Indian journal of veterinary science and animal husbandry - Volumes 15-17, 1948-1951
Year: 1948
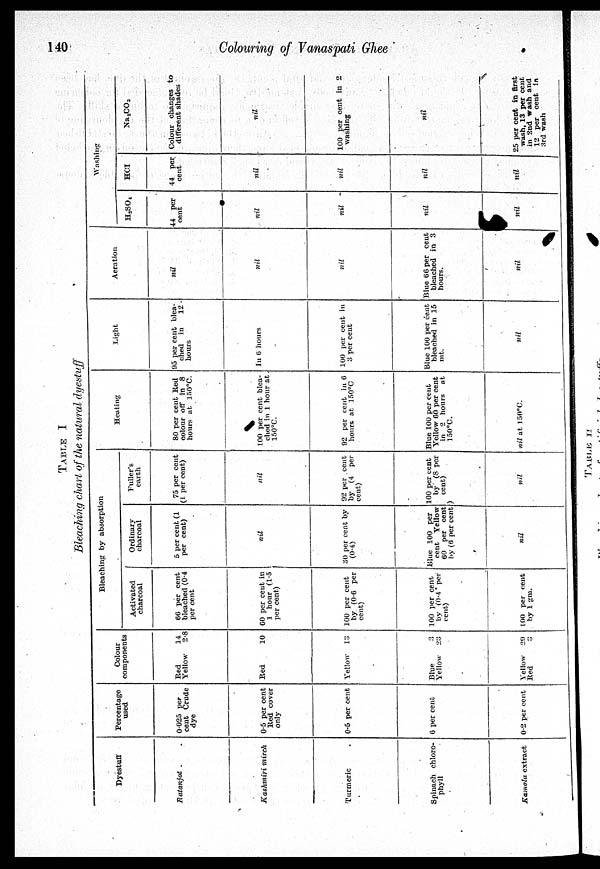
140
Colouring of Vanaspati Ghee
TABLE I
Bleaching chart of the natural dyestuff
Dyestuff
Ratanjot . .
Kashmiri mirch
Turmeric . .
Spinach chloro-
phyll
Kamala extract
Percentage
used
0.025 per
cent Crude
dye
0.5 per cent
Red cover
only
0.5 per cent
6 per cent
0.2 per cent
Colour
components
Red
14
Yellow
2.8
Red
10
Yellow 13
Blue
3
Yellow 23
Yellow 29
Red
3
Bleaching by absorption
Activated
charcoal
66 per cent
bleached (0.4
per cent
60 per cent in
1 hour (1.5
per cent)
100 per cent
by (0.6 per
cent)
100 per cent
by (0.4 per
cent)
100 per cent
by 1 gm.
Ordinary
charcoal
5 per cent (1
per cent)
nil
30 per cent by
(0.4)
Blue 100 per
cent Yellow
60 per cent
by (6 per cent
nil
Fuller's
earth
75 per cent
(1 per cent)
nil
92 per cent
by (4 per
cent)
100 per cent
by (8 per
cent)
nil
Heating
80 per cent Red
colour off in 8
hours at 150°C.
100 per cent blea-
ched in 1 hour at
150°C.
92 per cent in 6
hours at 150°C
Blue 100 per cent
Yellow 60 per cent
in 2 hours at
150ºC.
nil at 150°C.
Light
95 per cent blea-
ched in
12
hours
In 6 hours
100 per cent in
3 per cent
Blue 100 per cent
bleached in 15
mt.
nil
Aeration
nil
nil
nil
Blue 66 per cent
bleached in 3
hours.
nil
Washing
H2SO4
44 per
cent
nil
nil
nil
nil
HCl
44 per
cent
nil
nil
nil
nil
Na2CO3
Colour changes to
different shades
nil
100 per cent in 2
washing
nil
25 per cent in first
wash, 13 per cent
in 2nd wash and
12 per cent in
3rd wash